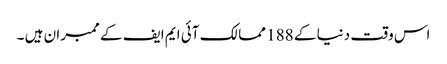
اس وقت دنیا کے 188 ممالک آئی ایم ایف کے ممبران ہیں ۔